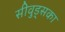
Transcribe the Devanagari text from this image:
सीवुड्सका